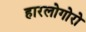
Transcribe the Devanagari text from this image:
हारलोगोरो